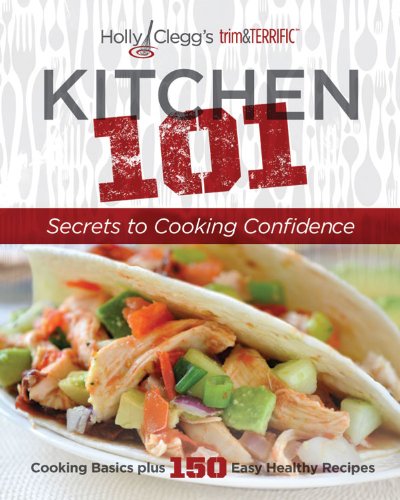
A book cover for Holly Clegg's trim&TERRIFIC KITCHEN 101: Secrets to Cooking Confidence: Cooking Basics Plus 150 Easy Healthy Recipes; Holly Clegg; Cookbooks, Food & Wine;